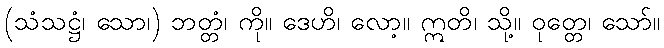
(သံသဋ္ဌံ၊ သော၊) ဘတ္တံ၊ ကို။ ဒေဟိ၊ လော့။ ဣတိ၊ သို့။ ဝုတ္တေ၊ သော်။